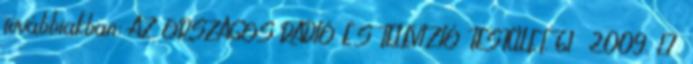
továbbiakban: AZ ORSZÁGOS RÁDIÓ ÉS TELEVÍZIÓ TESTÜLET. 61 2009. I.7.